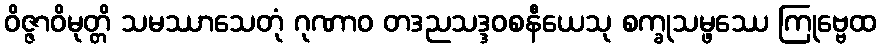
ဝိဇ္ဇာဝိမုတ္တိ သမဿာသေတုံ ဂုဏာဝ တဒညသဒ္ဒဝစနီယေသု စက္ခုသမ္ဖဿေ ကြုဗ္ဗေထ